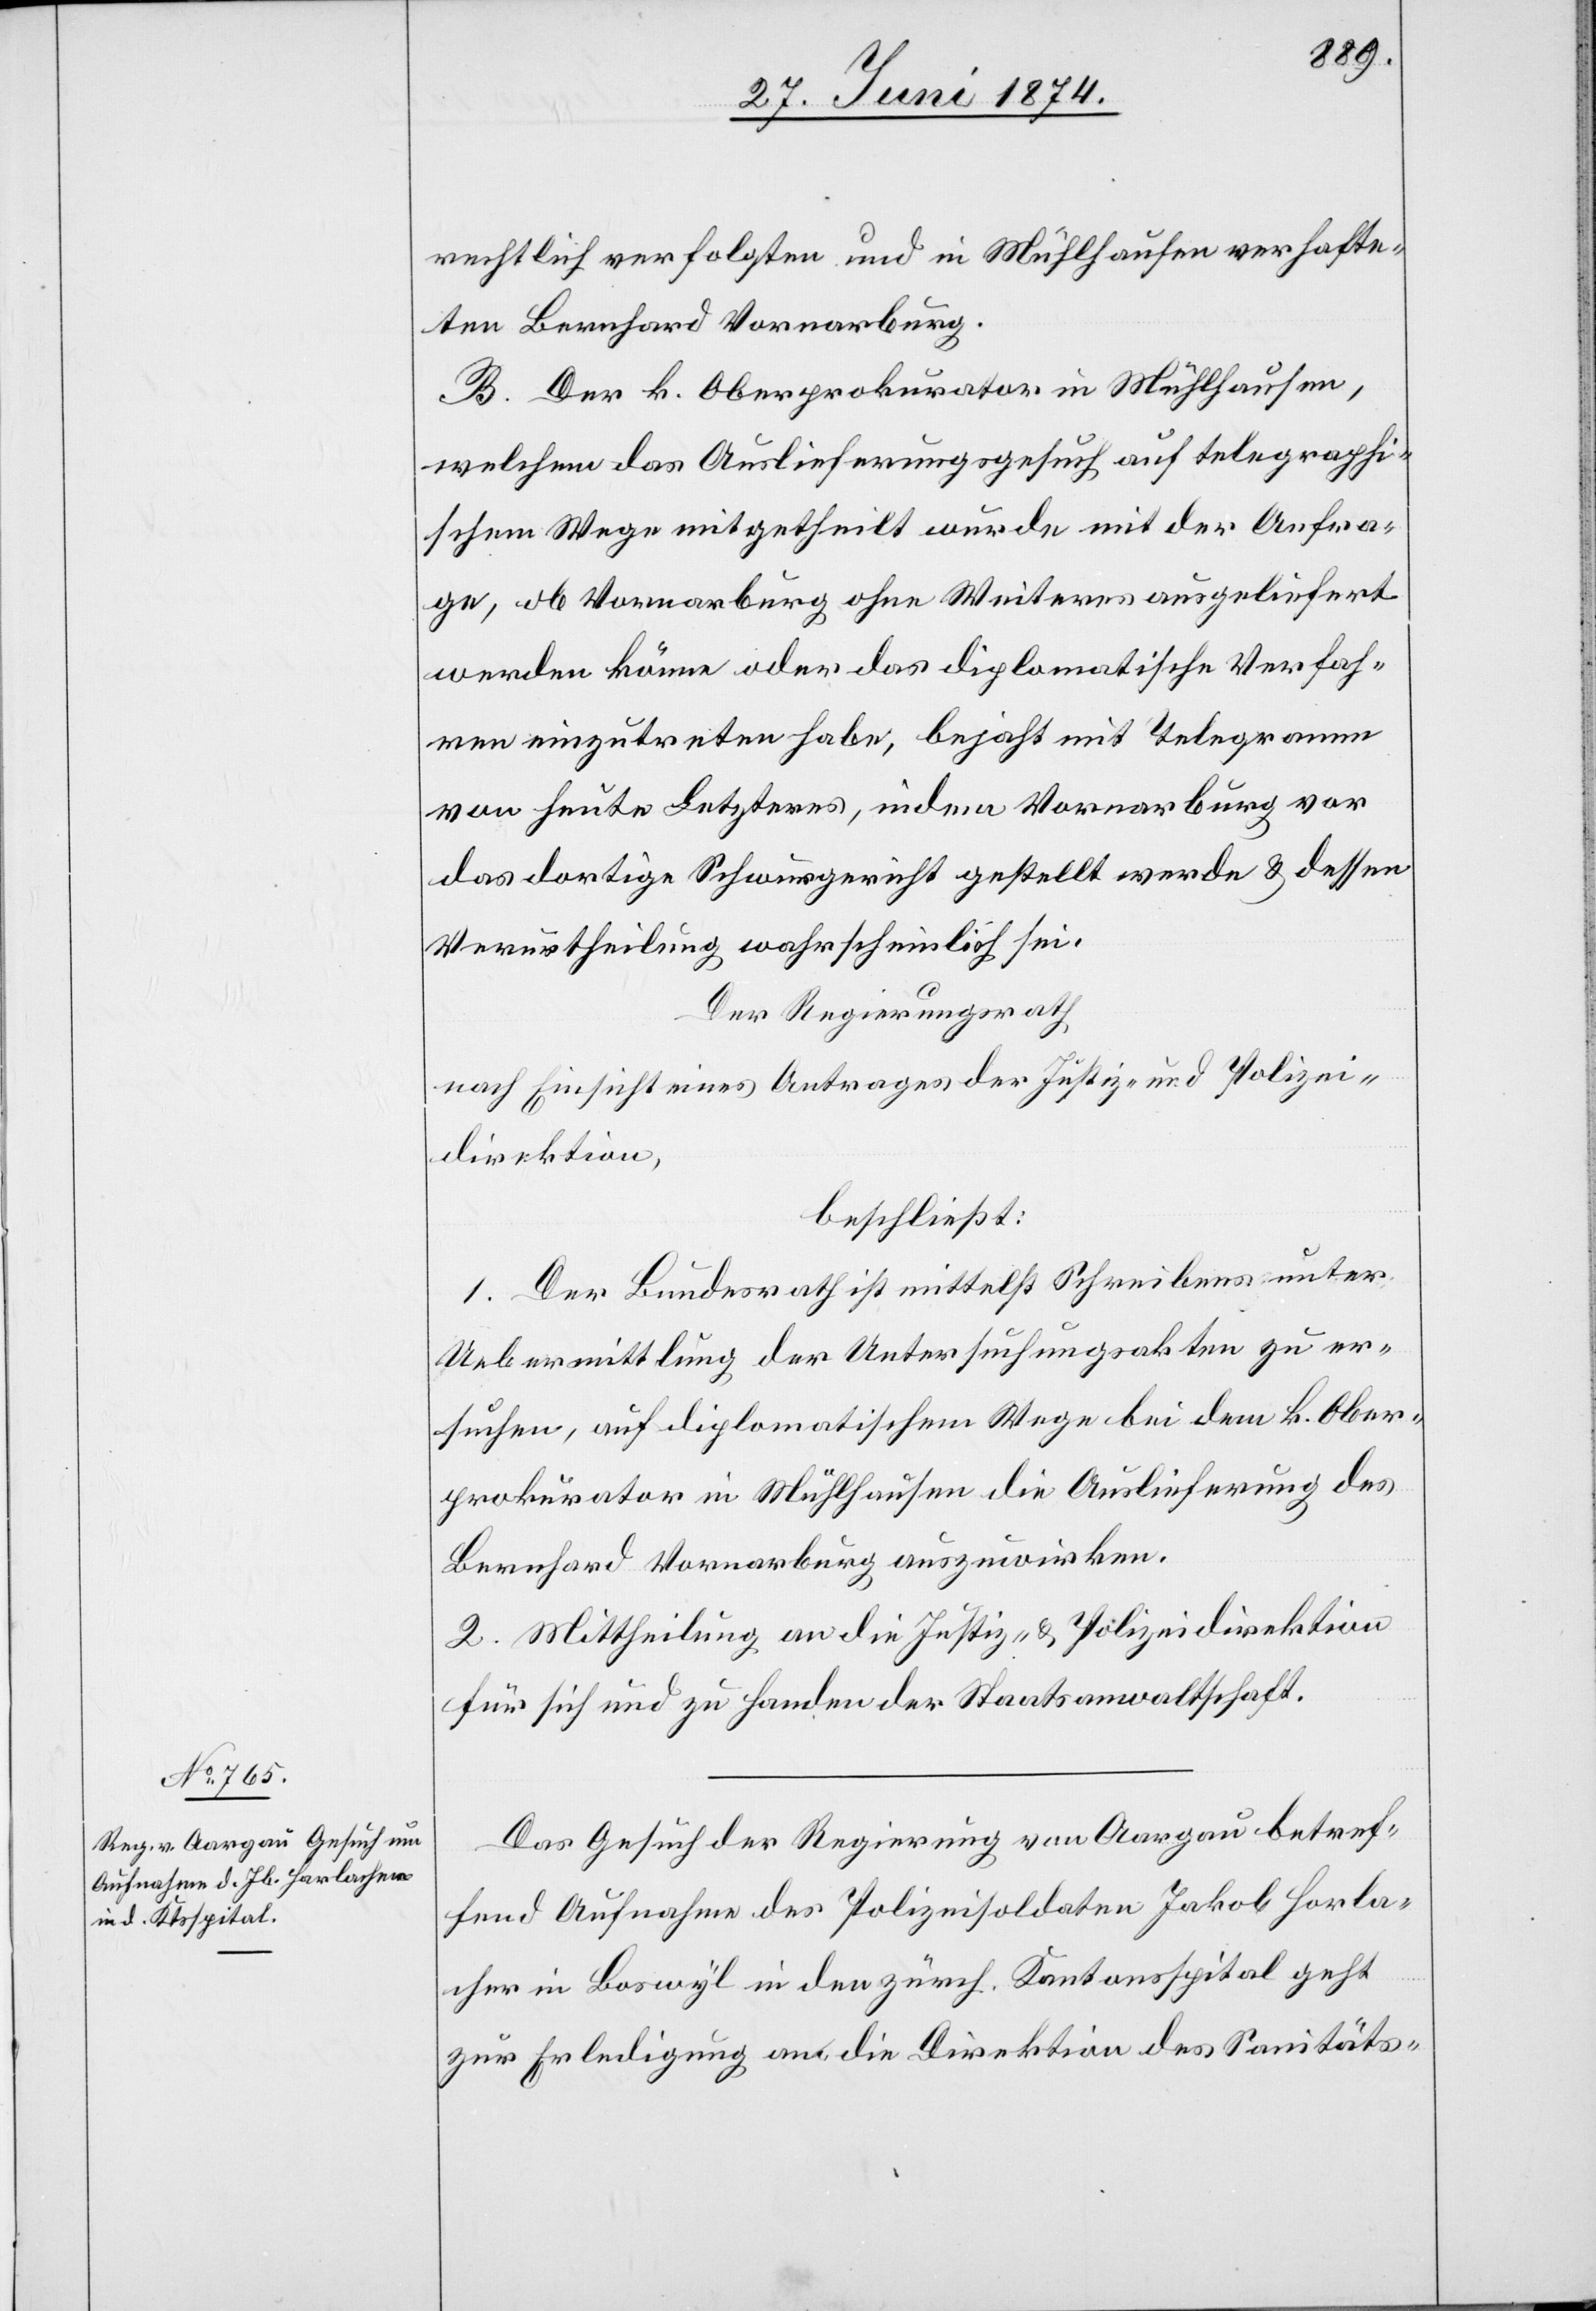
2. Juli 1874.]
rechtlich verfolgten und in Mühlhausen verhafte¬
ten Bernhard Vornarburg.
B. Der k. Oberprokurator in Mühlhausen,
welchem das Auslieferungsgesuch auf telegraphi¬
schem Wege mitgetheilt wurde mit der Anfra¬
ge, ob Vornarburg ohne Weiteres ausgeliefert
werden könne oder das diplomatische Verfah¬
ren einzutreten habe, bejaht mit Telegramm
von heute Letzteres, indem Vornarburg vor
das dortige Schwurgericht gestellt werde u. dessen
Verurtheilung wahrscheinlich sei.
Der Regierungsrath
nach Einsicht eines Antrages der Justiz- und Polizei¬
direktion
beschließt:
1. Der Bundesrath mittelst Schreibens unter
Uebermittlung der Untersuchungsakten zu er¬
suchen, auf diplomatischem Wege bei dem k. Ober¬
prokurator in Mühlhausen die Auslieferung des
Bernhard Vornarburg auszuwirken.
2. Mittheilung an die Justiz- u. Polizeidirektion
für sich und zu Handen der Staatsanwaltschaft.
Das Gesuch der Regierung von Aargau betref¬
fend Aufnahme des Polizeisoldaten Jakob Horla¬
cher [s¬
ic!] in Boswyl in den zürch. Kantonsspital geht
zur Erledigung an die Direktion des Sanitäts-